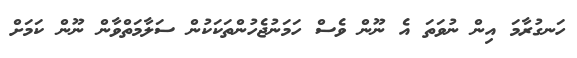
ހަނގުރާމަ އިން ނުވަތަ އެ ނޫން ވެސް ހަމަނުޖެހުންތަކަކުން ސަލާމަތްވާން ނޫން ކަމަށް